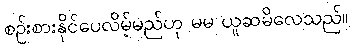
စဉ်းစားနိုင်ပေလိမ့်မည်ဟု မမ ယူဆမိလေသည်။